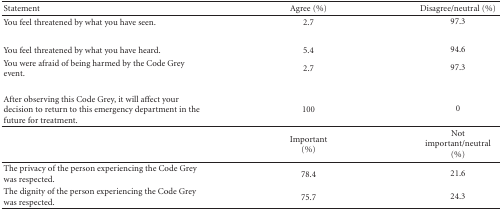
<table><thead><tr><td><b>Statement</b></td><td><b>Agree (%)</b></td><td><b>Disagree/neutral (%)</b></td></tr></thead><tbody><tr><td>You feel threatened by what you have seen.</td><td>2.7</td><td>97.3</td></tr><tr><td>You feel threatened by what you have heard.</td><td>5.4</td><td>94.6</td></tr><tr><td>You were afraid of being harmed by the Code Grey event.</td><td>2.7</td><td>97.3</td></tr><tr><td>After observing this Code Grey, it will affect your decision to return to this emergency department in the future for treatment.</td><td>100</td><td>0</td></tr><tr><td></td><td>Important (%)</td><td>Not important/neutral (%)</td></tr><tr><td>The privacy of the person experiencing the Code Grey was respected.</td><td>78.4</td><td>21.6</td></tr><tr><td>The dignity of the person experiencing the Code Grey was respected.</td><td>75.7</td><td>24.3</td></tr></tbody></table>